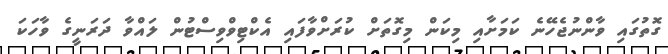
ގޮތުގައި ވާންނުޖެހޭނެ ކަމަށާއި މިކަން މިގޮތަށް ކުރަށްވާފައި އެކްޓިވްވިސްޓުން ލައްވާ ދަރަނީގެ ވާހަކަ